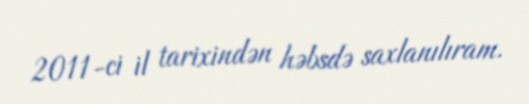
2011-ci il tarixindən həbsdə saxlanılıram.